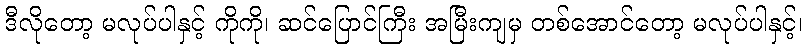
ဒီလိုတော့ မလုပ်ပါနှင့် ကိုကို၊ ဆင်ပြောင်ကြီး အမြီးကျမှ တစ်အောင်တော့ မလုပ်ပါနှင့်၊